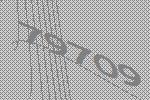
79709